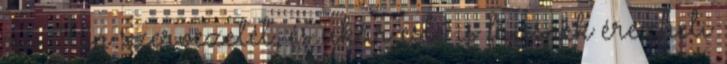
az Ön szervezetét, és akár este is frissnek érezheti